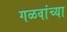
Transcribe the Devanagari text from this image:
गळवांच्या